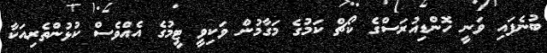
ބުނެފައި ވަނީ ހޮންޑިއުރަސްގެ ކޯޗް ކަމުގެ މަގާމުން ވަކިވީ ޓީމުގެ އެއްވެސް ކުޅުންތެރިއަކާ